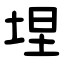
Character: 㘿